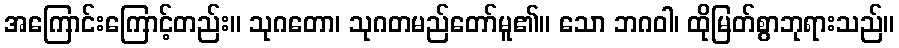
အကြောင်းကြောင့်တည်း။ သုဂတော၊ သုဂတမည်တော်မူ၏။ သော ဘဂဝါ၊ ထိုမြတ်စွာဘုရားသည်။